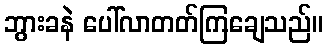
ဘွားခနဲ ပေါ်လာတတ်ကြချေသည်။